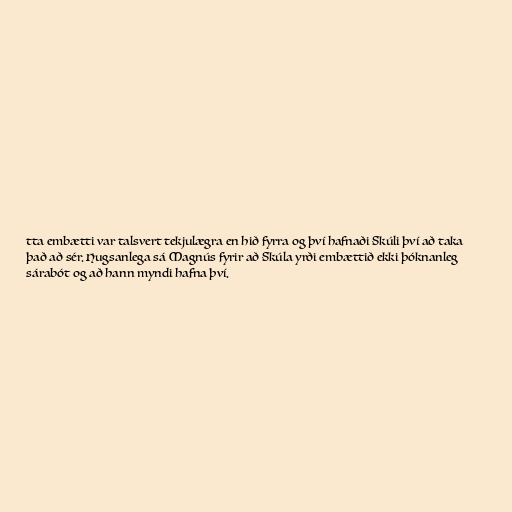
tta embætti var talsvert tekjulægra en hið fyrra og því hafnaði Skúli því að taka
það að sér. Hugsanlega sá Magnús fyrir að Skúla yrði embættið ekki þóknanleg
sárabót og að hann myndi hafna því.